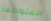
المتواضعة